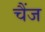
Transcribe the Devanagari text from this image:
चैंज